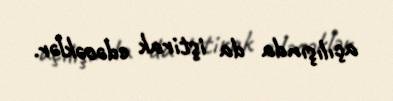
açılışında da iştirak edəcəklər.